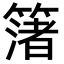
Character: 𮆑